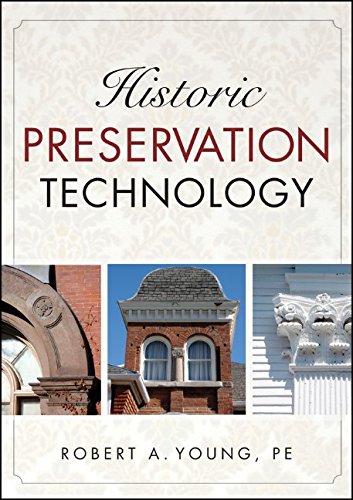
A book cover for Historic Preservation Technology: A Primer; Robert A. Young; Arts & Photography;